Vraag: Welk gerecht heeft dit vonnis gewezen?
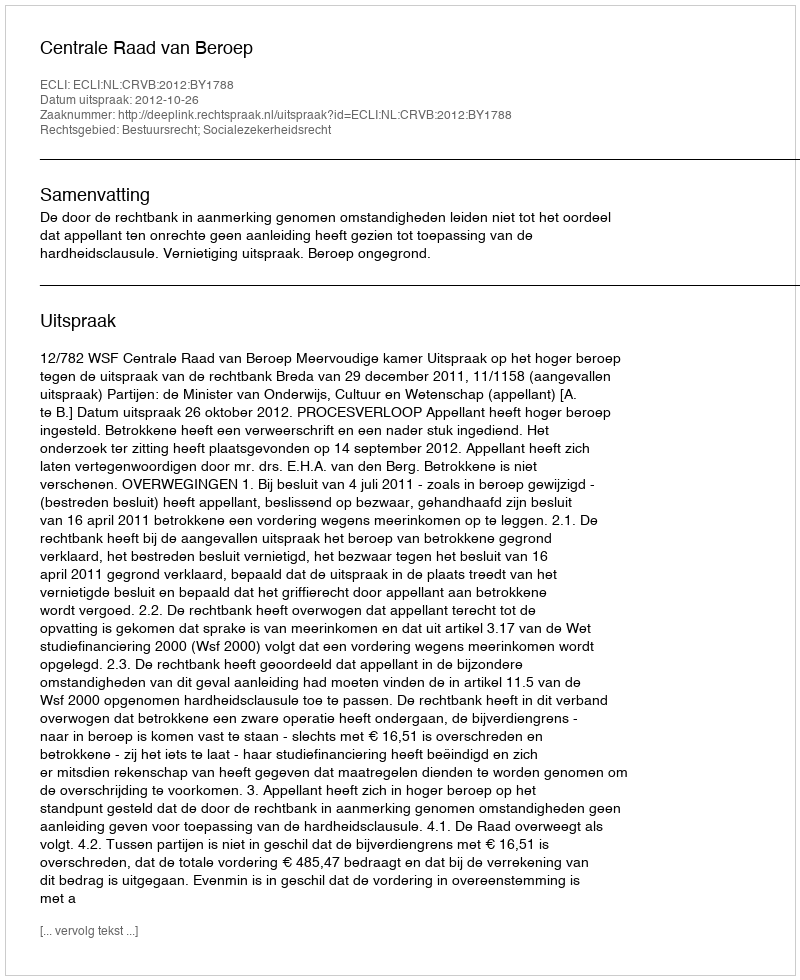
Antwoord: Centrale Raad van Beroep